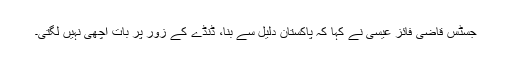
جسٹس قاضی فائز عیسٰی نے کہا کہ پاکستان دلیل سے بنا، ڈنڈے کے زور پر بات اچھی نہیں لگتی۔